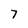
Character: 7